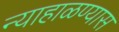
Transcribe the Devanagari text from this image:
न्याहाळण्यास